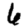
Digit: 6